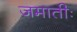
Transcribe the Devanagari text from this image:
जमातीः